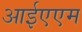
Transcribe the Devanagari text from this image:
आईएएम